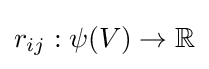
r_{ij}:\psi (V)\rightarrow \mathbb {R}